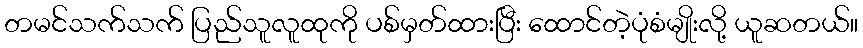
တမင်သက်သက် ပြည်သူလူထုကို ပစ်မှတ်ထားပြီး ထောင်တဲ့ပုံစံမျိုးလို့ ယူဆတယ်။